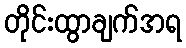
တိုင်းထွာချက်အရ